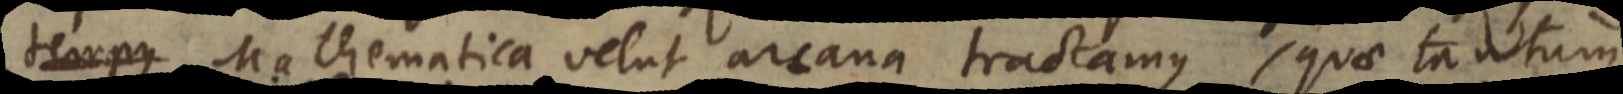
tempus Mathematica velut arcana tractamus, quae tantum